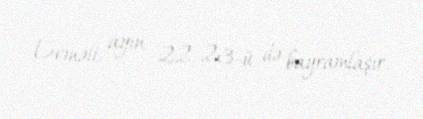
Deməli, ayın 22-23-ü də bayramlaşır.